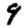
Digit: 9